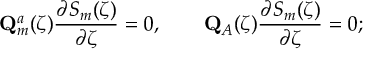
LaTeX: \mathbf { Q } _ { m } ^ { a } ( \zeta ) \frac { \partial S _ { m } ( \zeta ) } { \partial \zeta } = 0 , \qquad \mathbf { Q } _ { A } ( \zeta ) \frac { \partial S _ { m } ( \zeta ) } { \partial \zeta } = 0 ;